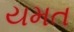
યમત